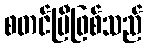
စတင်ပြီဖြစ်သည်